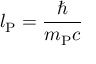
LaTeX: l _ { \mathrm { P } } = { \frac { \hbar } { m _ { \mathrm { P } } c } }